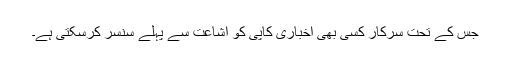
جس کے تحت سرکار کسی بھی اخباری کاپی کو اشاعت سے پہلے سنسر کرسکتی ہے۔